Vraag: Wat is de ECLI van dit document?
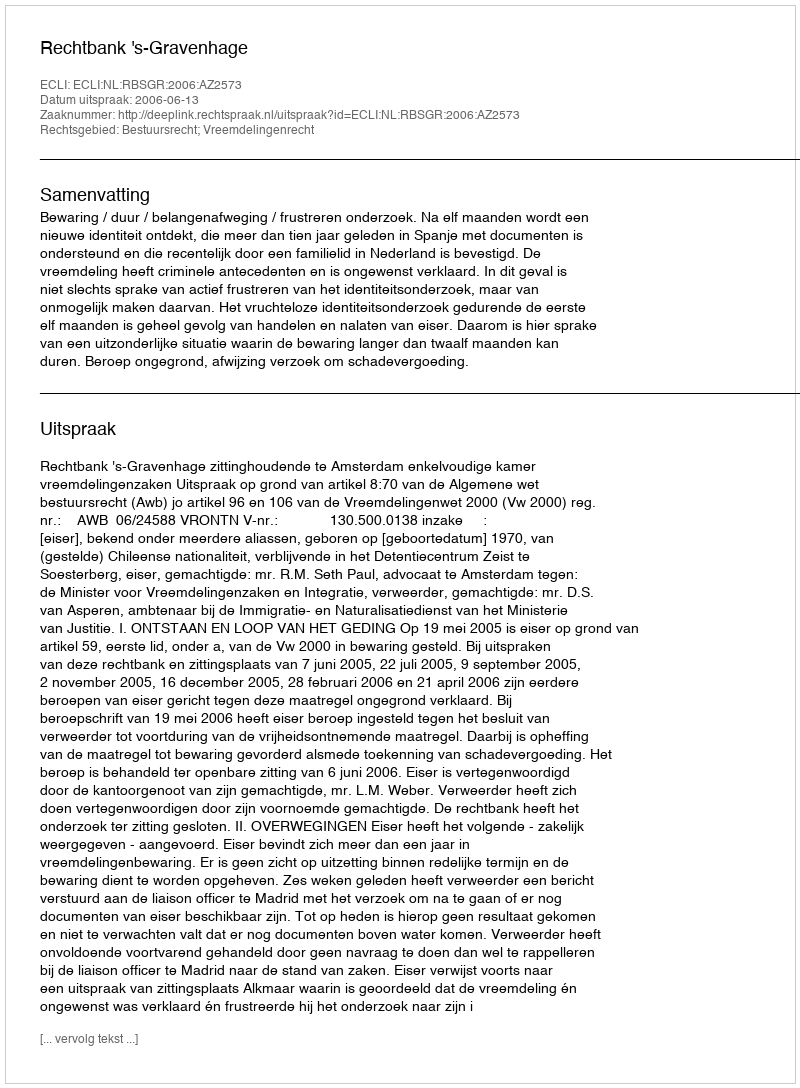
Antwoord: ECLI:NL:RBSGR:2006:AZ2573